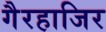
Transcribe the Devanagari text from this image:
गैरहाजिर